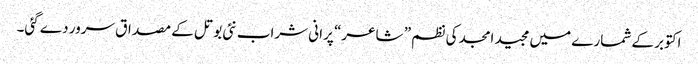
اکتوبر کے شمارے میں مجید امجد کی نظم ” شاعر“ پرانی شراب نئی بوتل کے مصداق سرور دے گئی۔